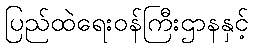
ပြည်ထဲရေးဝန်ကြီးဌာနနှင့်